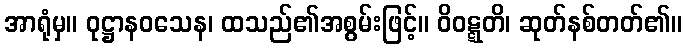
အာရုံမှ။ ဝုဋ္ဌာနဝသေန၊ ထသည်၏အစွမ်းဖြင့်။ ဝိဝဋ္ဋတိ၊ ဆုတ်နစ်တတ်၏။